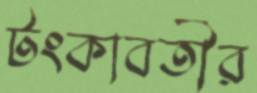
টংকাবতীর